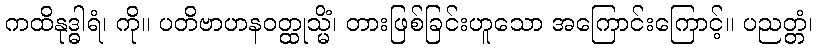
ကထိနုဒ္ဓါရံ၊ ကို။ ပတိဗာဟနဝတ္ထုသ္မိံ၊ တားဖြစ်ခြင်းဟူသော အကြောင်းကြောင့်။ ပညတ္တံ၊